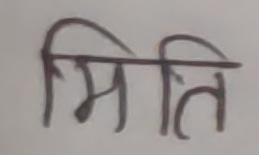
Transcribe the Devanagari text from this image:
मिति